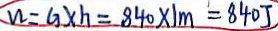
W = G \times h = 8 4 0 \times 1 m = 8 4 0 J